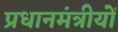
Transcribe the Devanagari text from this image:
प्रधानमंत्रीयों